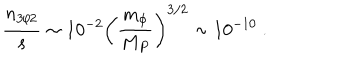
{ \frac { n _ { 3 / 2 } } { s } } \sim 1 0 ^ { - 2 } \left( { \frac { m _ { \phi } } { M _ { P } } } \right) ^ { 3 / 2 } \sim 1 0 ^ { - 1 0 } \ .